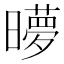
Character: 𬁜